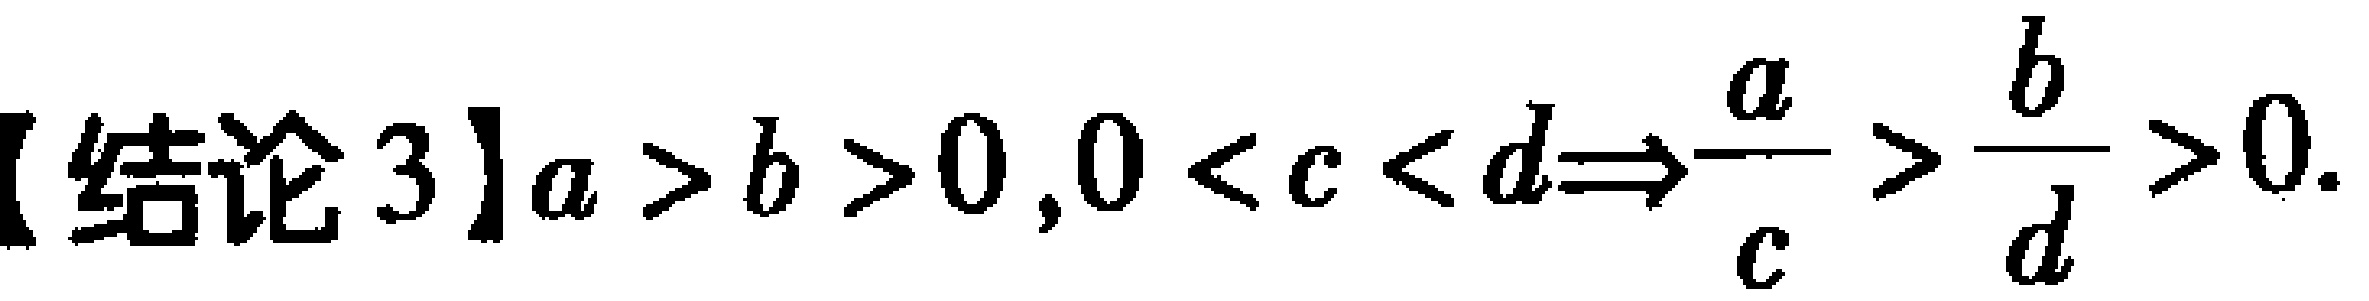
【结论 3】$a > b > 0,0 < c < d\Rightarrow\frac{a}{c} > \frac{b}{d} > 0.$